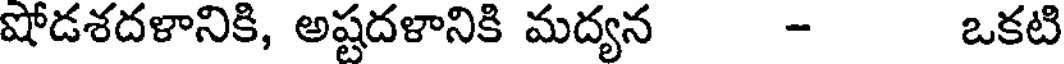
షోడశదళానికి, అష్టదళానికి మద్యన - ఒకటి